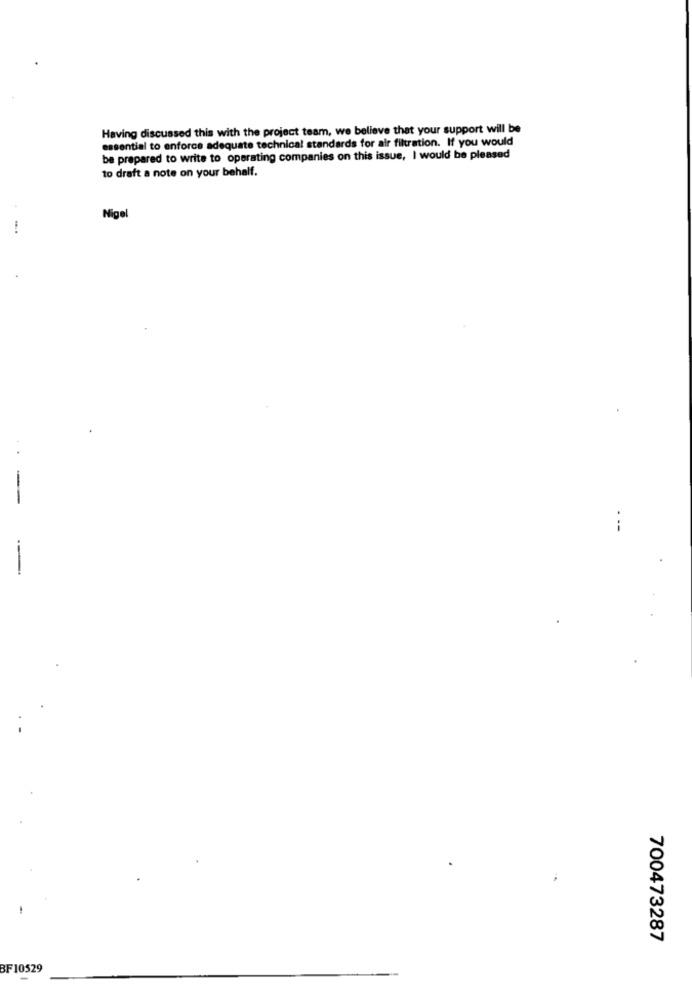
Having discussed this with the project team, we believe that your support will be
essential to enforce adequate technical standards for air filtration. If you would
be prepared to write to operating companies on this issue, I would be pleased
to draft a note on your behalf.
Nigel
- -
---
700473287
BF10529